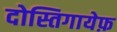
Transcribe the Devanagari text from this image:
दोस्तिगायेफ़